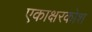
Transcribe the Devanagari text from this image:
एकाक्षरकोश